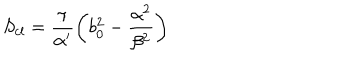
LaTeX: S _ { c l } = \frac { \pi } { \alpha ^ { \prime } } \left( b _ { 0 } ^ { 2 } - \frac { \alpha ^ { 2 } } { \beta ^ { 2 } } \right)